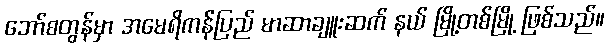
ဘော်စတွန်မှာ အမေရိကန်ပြည် မာဆာချူးဆက် နယ် မြို့တစ်မြို့ ဖြစ်သည်။